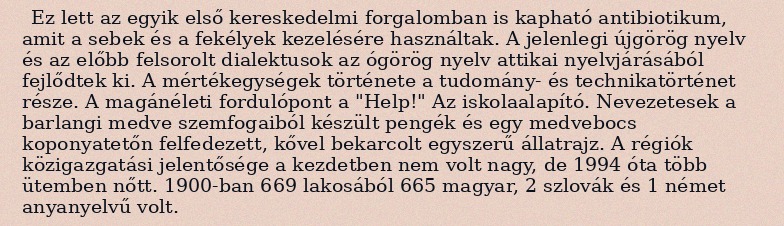
Ez lett az egyik első kereskedelmi forgalomban is kapható antibiotikum, amit a sebek és a fekélyek kezelésére használtak. A jelenlegi újgörög nyelv és az előbb felsorolt dialektusok az ógörög nyelv attikai nyelvjárásából fejlődtek ki. A mértékegységek története a tudomány- és technikatörténet része. A magánéleti fordulópont a "Help!" Az iskolaalapító. Nevezetesek a barlangi medve szemfogaiból készült pengék és egy medvebocs koponyatetőn felfedezett, kővel bekarcolt egyszerű állatrajz. A régiók közigazgatási jelentősége a kezdetben nem volt nagy, de 1994 óta több ütemben nőtt. 1900-ban 669 lakosából 665 magyar, 2 szlovák és 1 német anyanyelvű volt.